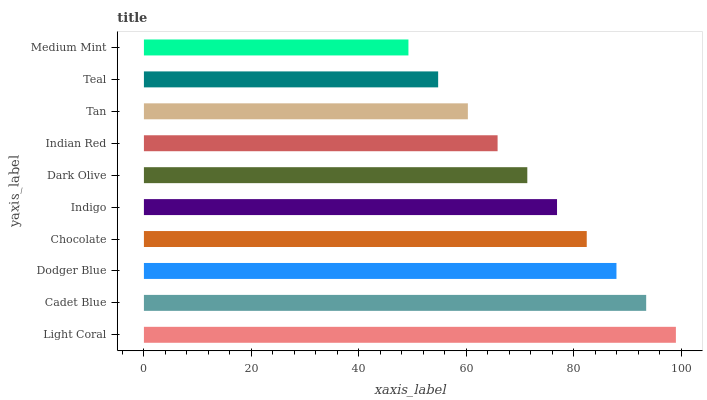
| yaxis_label | bars |
 | --- | --- |
 | Light Coral | 99 |
 | Cadet Blue | 93.5 |
 | Dodger Blue | 87.9 |
 | Chocolate | 82.4 |
 | Indigo | 76.9 |
 | Dark Olive | 71.3 |
 | Indian Red | 65.8 |
 | Tan | 60.3 |
 | Teal | 54.8 |
 | Medium Mint | 49.2 |